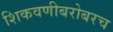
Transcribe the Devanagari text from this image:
शिकवणीबरोबरच